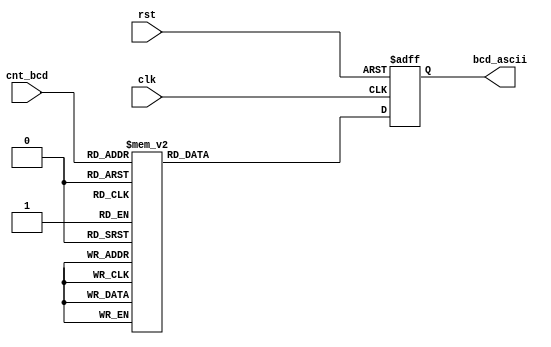
/* BCD to ASCII */

module bcd2ascii (
	clk,
	rst,
	cnt_bcd,
	bcd_ascii);
	
	input				clk;
	input				rst;
	input		[3:0]	cnt_bcd;
	output	[7:0]	bcd_ascii;
	
	wire		[3:0]	cnt_bcd;
	reg		[7:0]	bcd_ascii;
	
	// Convert BCD to ASCII
	always @ (posedge clk or negedge rst) begin
		if (!rst)
			bcd_ascii <= 8'h00; //NULL
		else begin
			case(cnt_bcd)
				4'h0		:	bcd_ascii <= 8'h57; // W
				4'h1		:	bcd_ascii <= 8'h61; // a
				4'h2		:	bcd_ascii <= 8'h6B; // k
				4'h3		:	bcd_ascii <= 8'h65; // e
				4'h4		:	bcd_ascii <= 8'h20; // space
				4'h5		:	bcd_ascii <= 8'h55; // U
				4'h6		:	bcd_ascii <= 8'h70; // p
				4'h7		:	bcd_ascii <= 8'h21; // !
				4'h8		:	bcd_ascii <= 8'h0D; // CR(Carriage Return)
				default	:	bcd_ascii <= 8'h00; // NULL
			endcase
		end
	end
	
endmodule